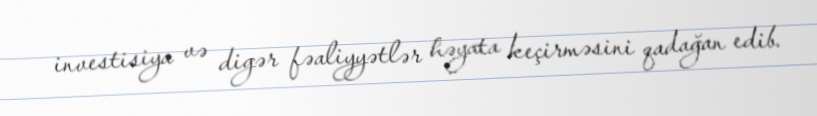
investisiya və digər fəaliyyətlər həyata keçirməsini qadağan edib.